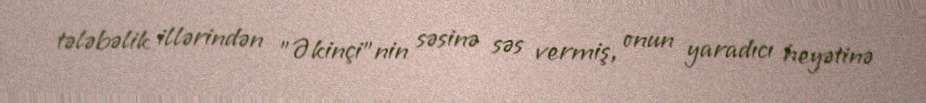
tələbəlik illərindən "Əkinçi"nin səsinə səs vermiş, onun yaradıcı heyətinə